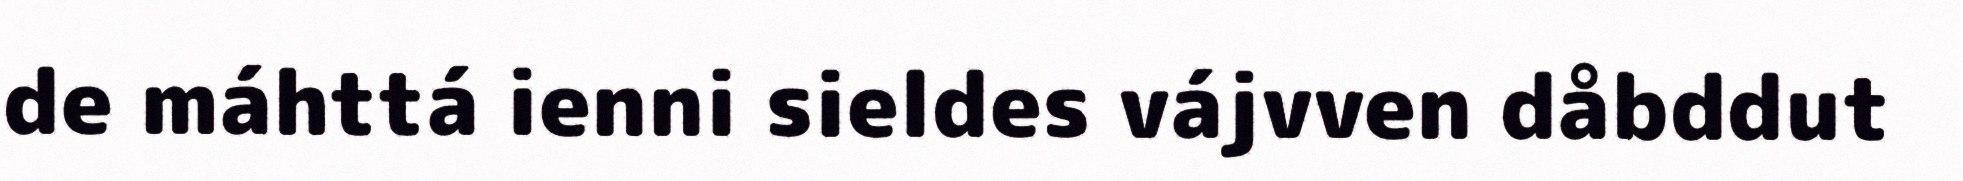
de máhttá ienni sieldes vájvven dåbddut